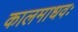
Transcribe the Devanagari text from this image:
कालमाधवः